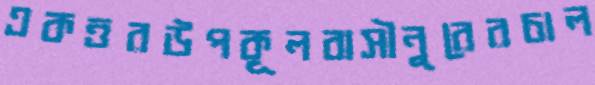
একত্তরউপকূলবাসীনুরেরচাল